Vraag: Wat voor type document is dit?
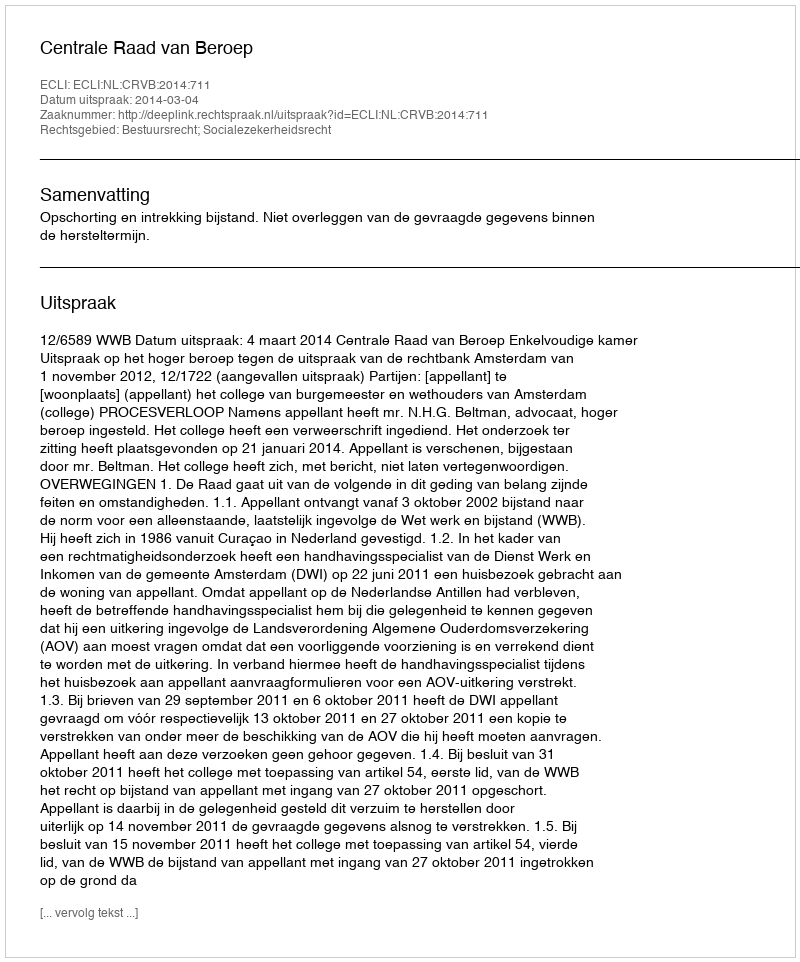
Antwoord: Uitspraak